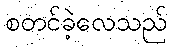
စတင်ခဲ့လေသည်